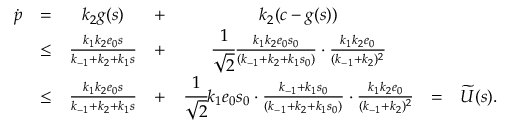
\begin{array} { r c c c c c l } { \dot { p } } & { = } & { k _ { 2 } g ( s ) } & { + } & { k _ { 2 } ( c - g ( s ) ) } & & \\ & { \leq } & { \frac { k _ { 1 } k _ { 2 } e _ { 0 } s } { k _ { - 1 } + k _ { 2 } + k _ { 1 } s } } & { + } & { \cfrac { 1 } { \sqrt 2 } \frac { k _ { 1 } k _ { 2 } e _ { 0 } s _ { 0 } } { ( k _ { - 1 } + k _ { 2 } + k _ { 1 } s _ { 0 } ) } \cdot \frac { k _ { 1 } k _ { 2 } e _ { 0 } } { ( k _ { - 1 } + k _ { 2 } ) ^ { 2 } } } & & \\ & { \leq } & { \frac { k _ { 1 } k _ { 2 } e _ { 0 } s } { k _ { - 1 } + k _ { 2 } + k _ { 1 } s } } & { + } & { \cfrac { 1 } { \sqrt 2 } k _ { 1 } e _ { 0 } s _ { 0 } \cdot \frac { k _ { - 1 } + k _ { 1 } s _ { 0 } } { ( k _ { - 1 } + k _ { 2 } + k _ { 1 } s _ { 0 } ) } \cdot \frac { k _ { 1 } k _ { 2 } e _ { 0 } } { ( k _ { - 1 } + k _ { 2 } ) ^ { 2 } } } & { = } & { \widetilde U ( s ) . } \end{array}